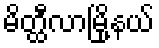
မိတ္ထီလာမြို့နယ်